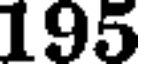
195